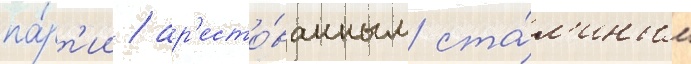
па́рт'ии / ар'есто́ванным ста́л'иным